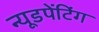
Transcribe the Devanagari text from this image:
न्यूडपेंटिंग